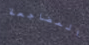
المضاجعة